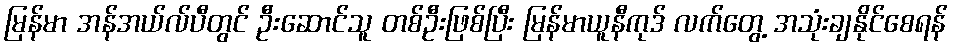
မြန်မာ အန်အယ်လ်ပီတွင် ဦးဆောင်သူ တစ်ဦးဖြစ်ပြီး မြန်မာယူနီကုဒ် လက်တွေ့ အသုံးချနိုင်စေရန်